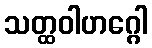
သတ္ထဝါဟဂ္ဂေါ